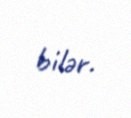
bilər.